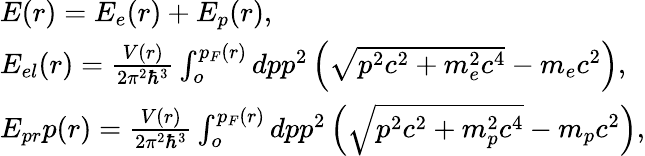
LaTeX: \begin{array}{l}{E(r)=E_{e}(r)+E_{p}(r),}\\ {E_{el}(r)=\frac{V(r)}{2\pi^{2}\hbar^{3}}\int_{o}^{p_{F}(r)}dpp^{2}\left(\sqrt{p^{2}c^{2}+m_{e}^{2}c^{4}}-m_{e}c^{2}\right),}\\ {E_{pr}p(r)=\frac{V(r)}{2\pi^{2}\hbar^{3}}\int_{o}^{p_{F}(r)}dpp^{2}\left(\sqrt{p^{2}c^{2}+m_{p}^{2}c^{4}}-m_{p}c^{2}\right),}\end{array}